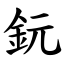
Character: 鈨